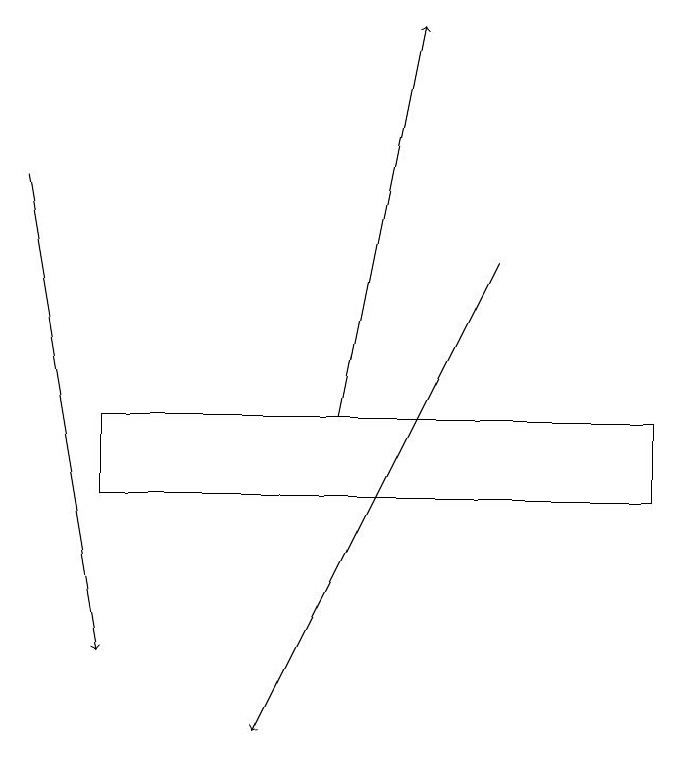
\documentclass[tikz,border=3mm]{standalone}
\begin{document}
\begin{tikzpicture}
\draw (1,13) rectangle (8,14);
\draw[->] (4,14) -- (5,19);
\draw[->] (0,17) -- (1,11);
\draw[->] (6,16) -- (3,10);
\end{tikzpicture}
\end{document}